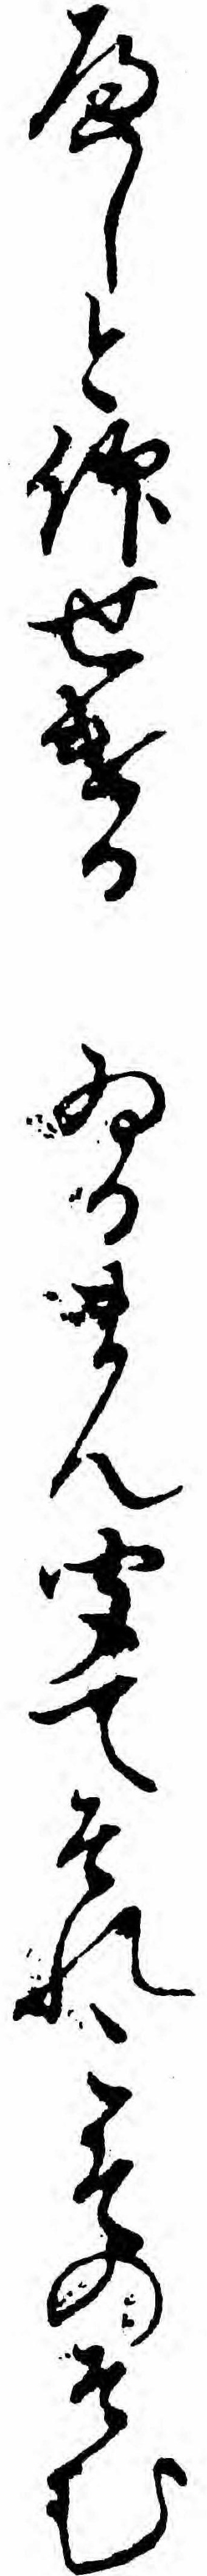
へしと仰せけるゐるまん聞てそれこそのそむ